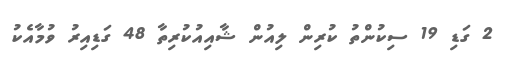
2 ގަޑި 19 ސިކުންތު ކުރިން ލިއުން ޝާއިއުކުރިތާ 48 ގަޑިއިރު ވުމާއެކު